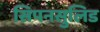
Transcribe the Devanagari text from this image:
सिपनसुलिड